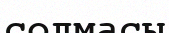
солмасы